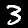
Digit: 3